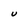
Character: U